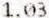
1.03